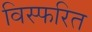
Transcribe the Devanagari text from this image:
विस्फरित